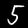
Digit: 5